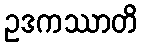
ဥဒကဿာတိ